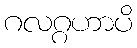
ဂလဂ္ဂဟာပိ